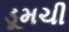
ડૂમચી